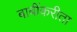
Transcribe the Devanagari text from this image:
बाबींकरीता